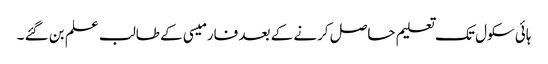
ہائی سکول تک تعلیم حاصل کرنے کے بعد فارمیسی کے طالب علم بن گئے ۔